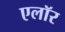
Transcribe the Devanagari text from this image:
एलॉर